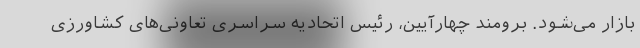
بازار می‌شود. برومند چهارآیین، رئیس اتحادیه سراسری تعاونی‌های کشاورزی